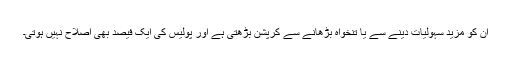
ان کو مزید سہولیات دینے سے یا تنخواہ بڑھانے سے کرپشن بڑھتی ہے اور پولیس کی ایک فیصد بھی اصلاح نہیں ہوتی۔